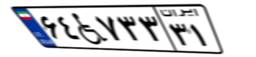
۶۸W۰۹۱۱۲